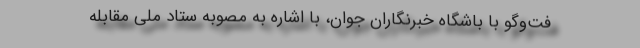
فت‌وگو با باشگاه خبرنگاران جوان، با اشاره به مصوبه ستاد ملی مقابله